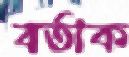
বর্তাক